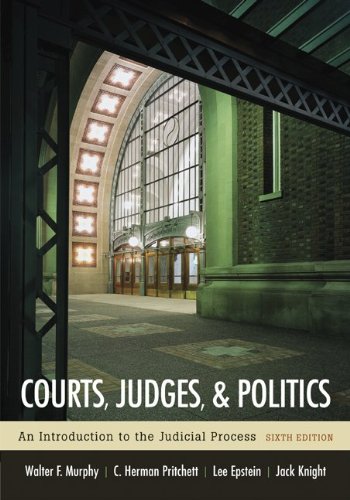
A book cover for Courts, Judges, and Politics; Walter Murphy; Law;